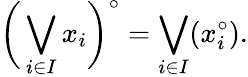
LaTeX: {\biggl(}\bigvee_{i\in I}{x_{i}}{\biggr)}^{\circ}=\bigvee_{i\in I}(x_{i}^{\circ}).